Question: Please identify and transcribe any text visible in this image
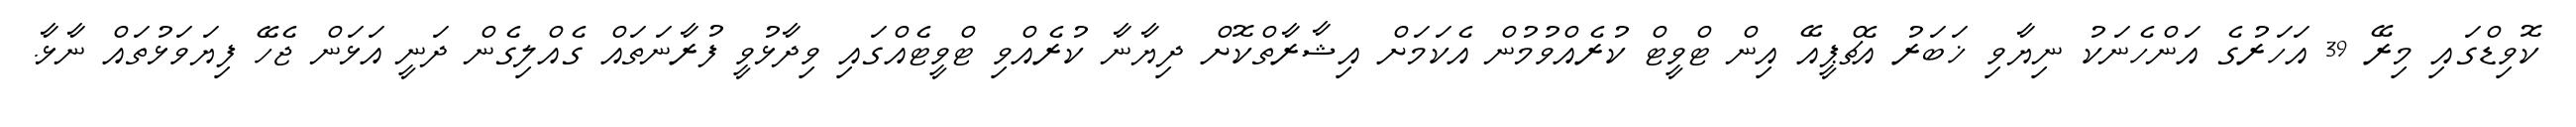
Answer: ކޮވިޑްގައި މިރޭ 39 އަހަރުގެ އަންހެނަކު ނިޔާވި ޚަބަރު އެޗްޕީއޭ އިން ޓްވީޓް ކުރެއްވުމުން އެކަމަށް އިޝާރާތްކޮށް ދިޔާނާ ކުރެއްވި ޓްވީޓެއްގައި ވިދާޅުވީ ފުރާނަތައް ގެއްލިގެން ދަނީ އަޅަން ޖެހޭ ފިޔަވަޅުތައް ނާޅާ.